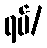
ရပ်/